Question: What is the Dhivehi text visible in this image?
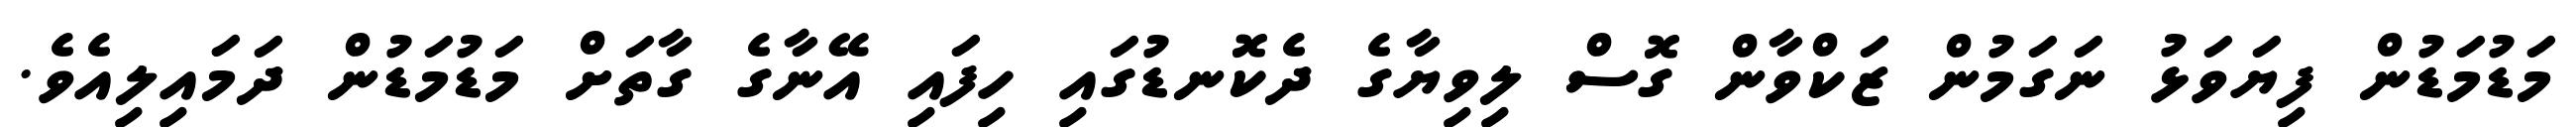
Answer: މަޑުމަޑުން ފިޔަވަޅު ނަގަމުން ޒަކްވާން ގޮސް ލިވިޔާގެ ދެކޮނޑުގައި ހިފައި އޭނާގެ ގާތަށް މަޑުމަޑުން ދަމައިލިއެވެ.